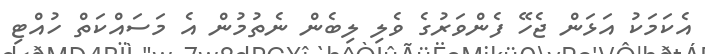
އެކަމަކު އަޅަން ޖެހޭ ފެންވަރުގެ ވެލި ލިބެން ނެތުމުން އެ މަސައްކަތް ހުއްޓި